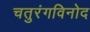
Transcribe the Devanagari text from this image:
चतुरंगविनोद